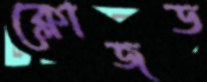
ক্লোজড